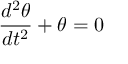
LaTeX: { \frac { d ^ { 2 } \theta } { d t ^ { 2 } } } + \theta = 0